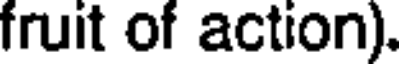
fruit of action).